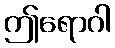
ဤရောဂါ